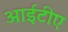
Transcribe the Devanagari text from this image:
आईटीए